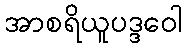
အာစရိယူပဒ္ဒဝေါ